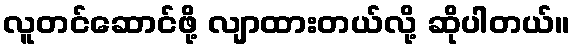
လူတင်ဆောင်ဖို့ လျာထားတယ်လို့ ဆိုပါတယ်။